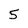
Character: 5